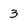
Character: 3